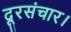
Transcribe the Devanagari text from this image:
दूरसंचार।